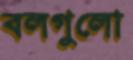
বলগুলো